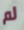
لم